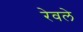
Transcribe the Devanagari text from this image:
रेवले